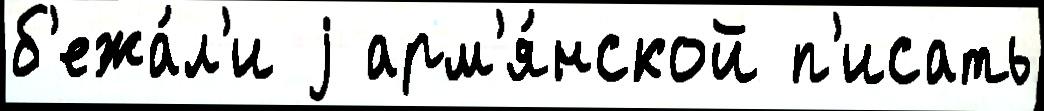
б'ежа́л'и j арм'я́нской п'исать